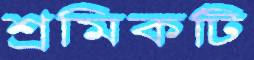
শ্রমিকটি